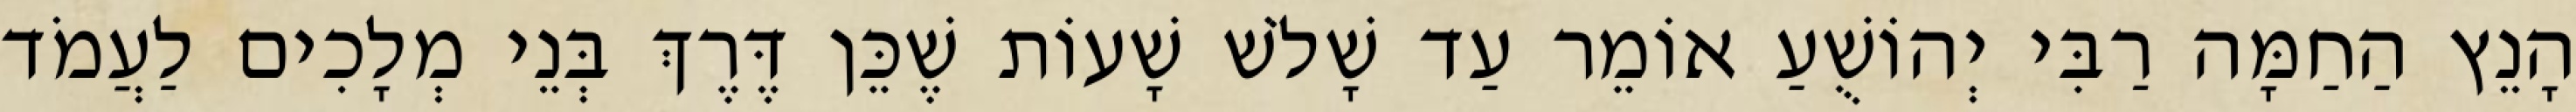
הָנֵץ הַחַמָּה רַבִּי יְהוֹשֻׁעַ אוֹמֵר עַד שָׁלֹשׁ שָׁעוֹת שֶׁכֵּן דֶּרֶךְ בְּנֵי מְלָכִים לַעֲמֹד